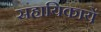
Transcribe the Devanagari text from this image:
सहायिकायें